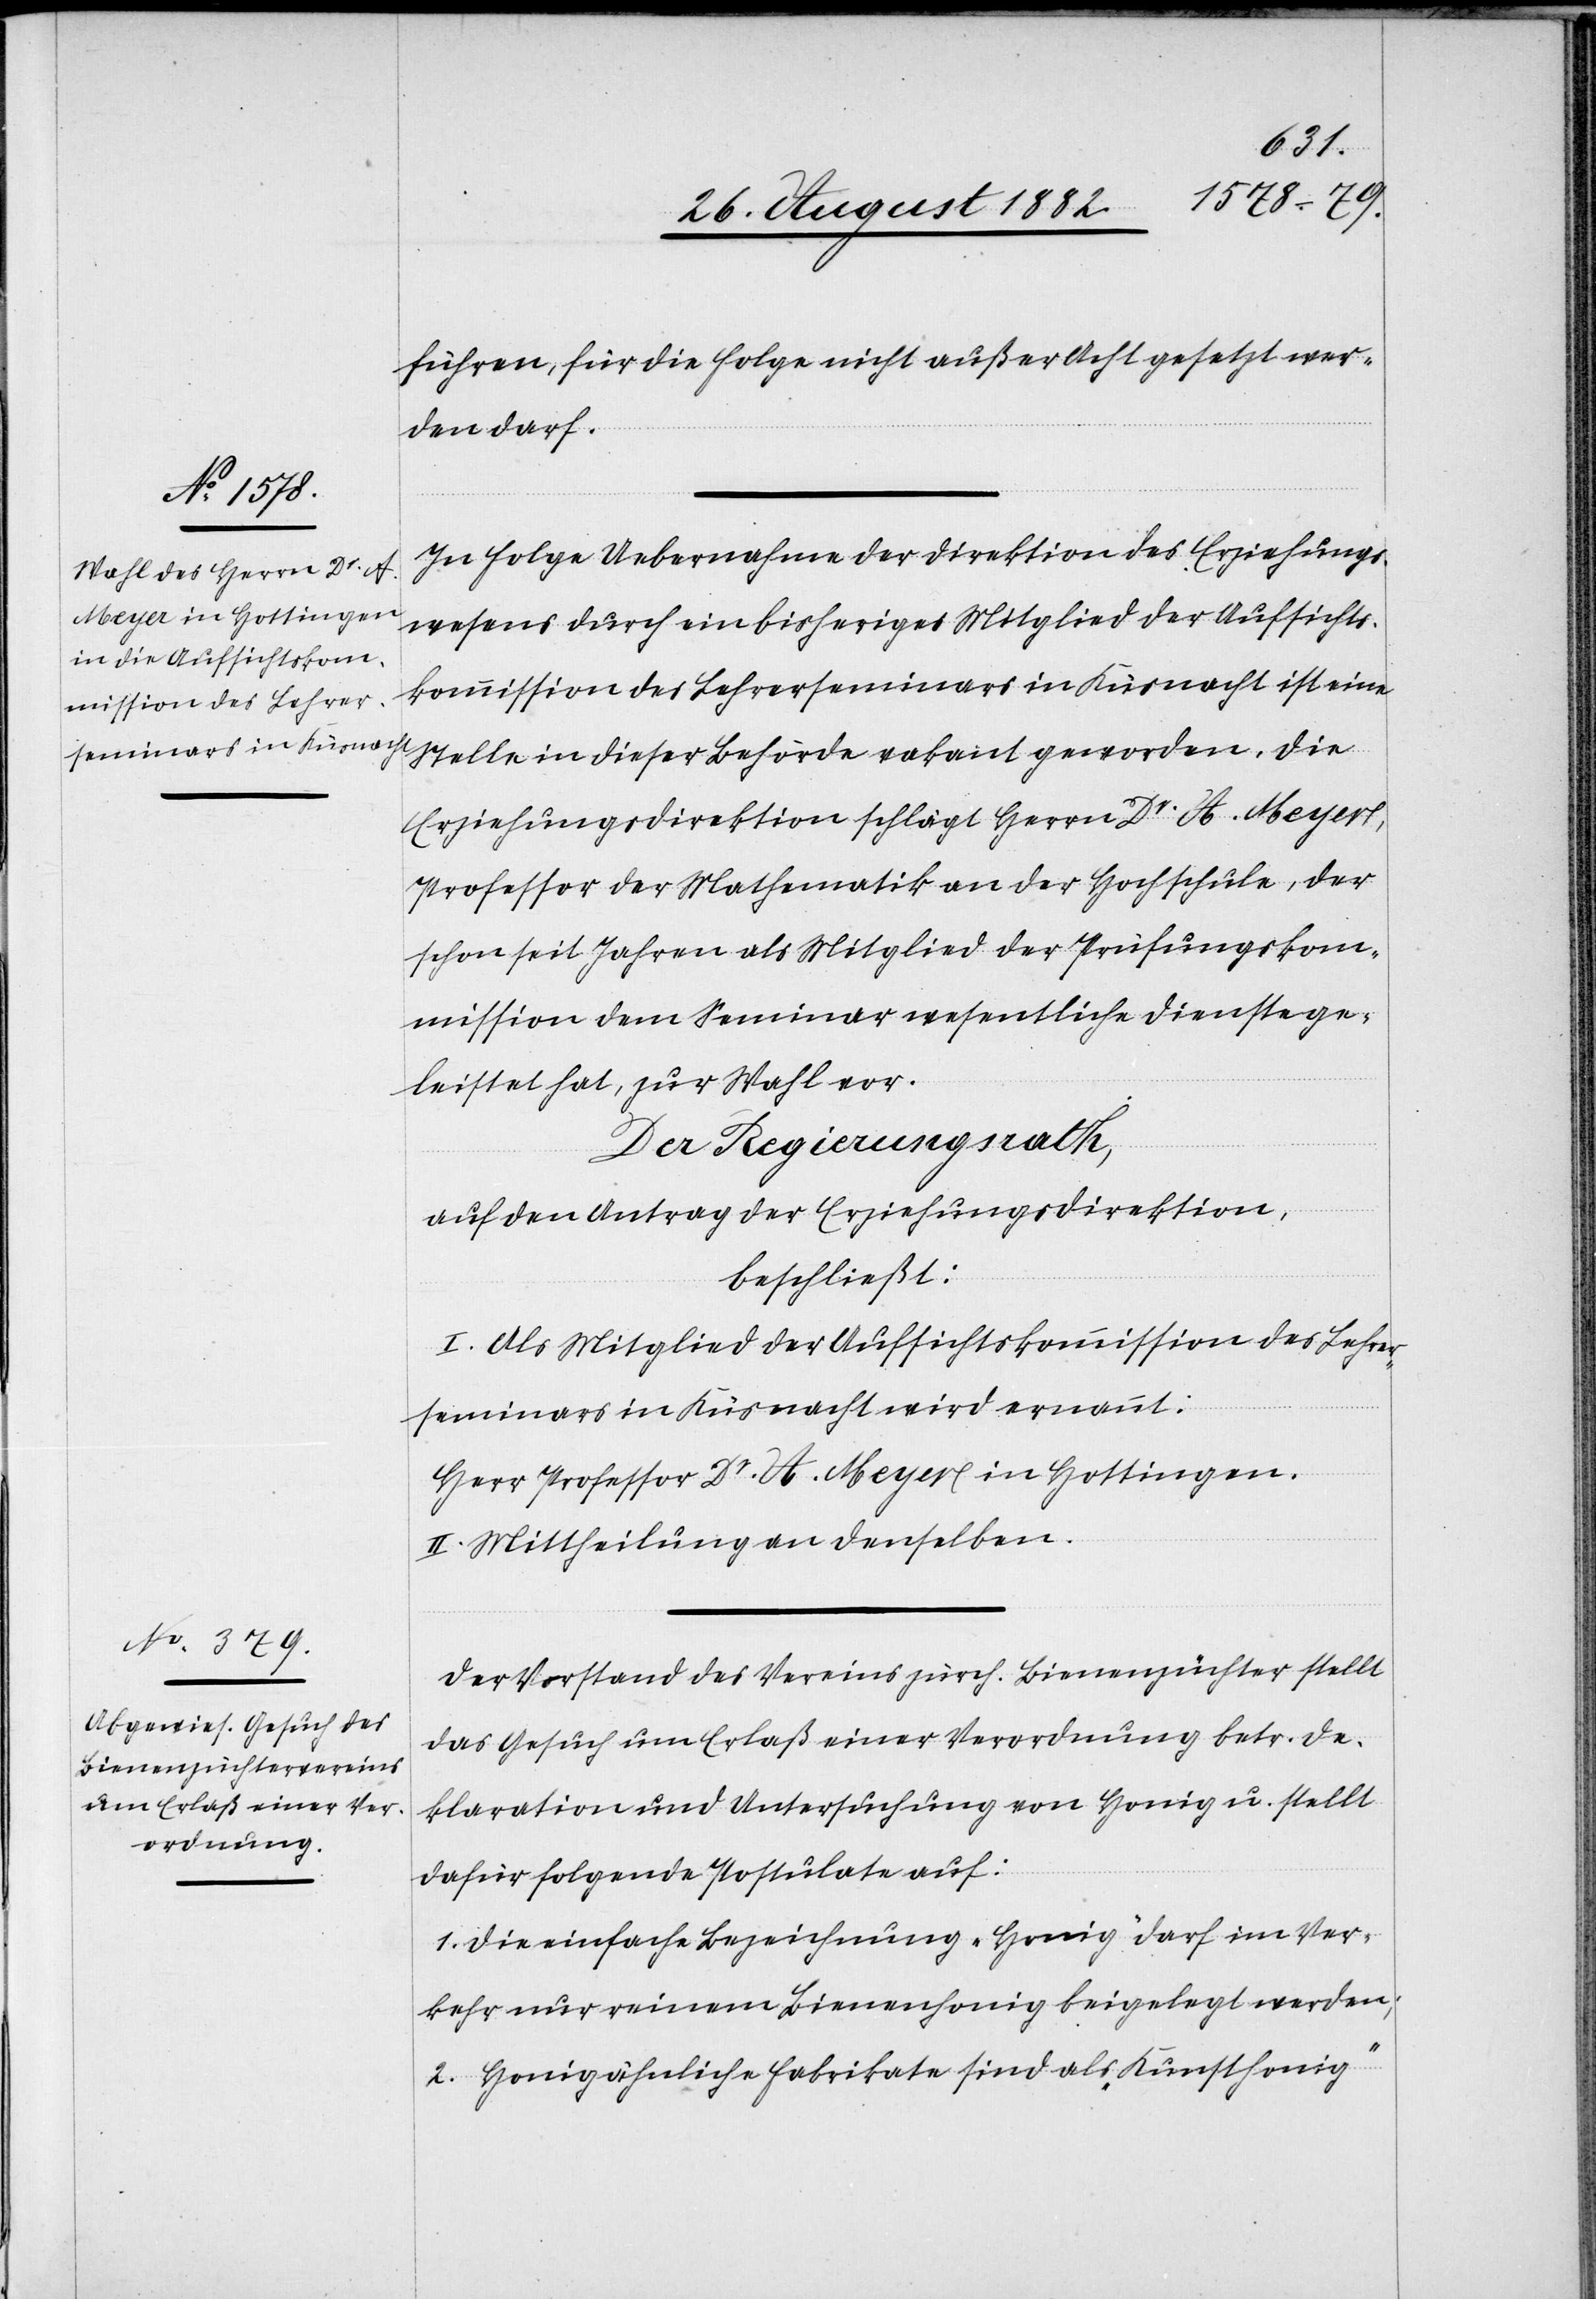
führen, für die Folge nicht außer Acht gesetzt wer¬
den darf.
In Folge Uebernahme der Direktion des Erziehungs¬
wesens durch ein bisheriges Mitglied der Aufsichts¬
kommission des Lehrerseminars in Küsnacht ist eine
Stelle in dieser Behörde vakant geworden. Die
Erziehungsdirektion schlägt Herrn Dr A. Meyer,
Professor der Mathematik an der Hochschule, der
schon seit Jahren als Mitglied der Prüfungskom¬
mission dem Seminar wesentliche Dienste ge¬
leistet hat, zur Wahl vor.
Der Regierungsrath;
auf den Antrag der Erziehungsdirektion,
beschließt:
I. Als Mitglied der Aufsichtskommission des Lehrer¬
seminars in Küsnacht wird ernannt:
Herr Professor Dr A. Meyer in Hottingen.
II. Mittheilung an denselben.
Der Vorstand des Vereins zürch. Bienenzüchter stellt
das Gesuch um Erlaß einer Verordnung betr. De¬
klaration und Untersuchung von Honig u. stellt
dafür folgende Postulate auf:
1. Die einfache Bezeichnung „Honig“ dürfe im Ver¬
kehr nur reinem Bienenhonig beigelegt werden;
2. Honigähnliche Fabrikate sind als „Kunsthonig“